Source: Handwritten
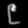
Digit: ၉ (9)